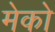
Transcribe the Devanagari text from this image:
मेको